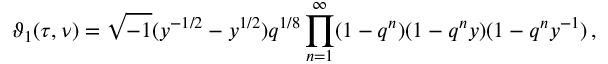
\vartheta _ { 1 } ( \tau , \nu ) = \sqrt { - 1 } ( y ^ { - 1 / 2 } - y ^ { 1 / 2 } ) q ^ { 1 / 8 } \prod _ { n = 1 } ^ { \infty } ( 1 - q ^ { n } ) ( 1 - q ^ { n } y ) ( 1 - q ^ { n } y ^ { - 1 } ) \, ,